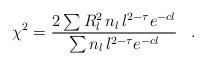
LaTeX: \begin{align*}\chi^2=\frac{2\sum R_l^2\,n_l\,l^{2-\tau}e^{-cl}}{\sum n_l\,l^{2-\tau}e^{-cl}}\,\,\,\,\,.\,\,\,\,\,\end{align*}